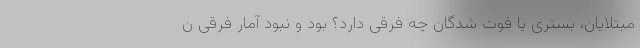
مبتلایان، بستری یا فوت شدگان چه فرقی دارد؟ بود و نبود آمار فرقی ن